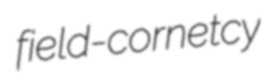
field-cornetcy